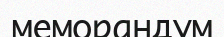
меморандум